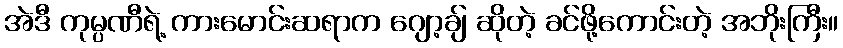
အဲဒီ ကုမ္ပဏီရဲ့ ကားမောင်းဆရာက ဂျော့ချ် ဆိုတဲ့ ခင်ဖို့ကောင်းတဲ့ အဘိုးကြီး။